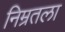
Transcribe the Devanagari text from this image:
निम्रतला